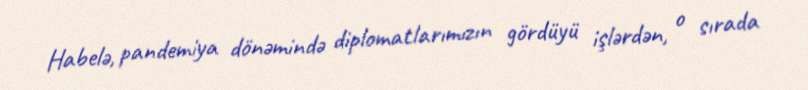
Habelə, pandemiya dönəmində diplomatlarımızın gördüyü işlərdən, o sırada